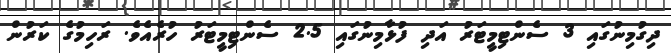
ދިގުމިނުގައި 3 ސެންޓިމީޓަރު އަދި ފުޅާމިނުގައި 2.5 ސެންޓިމީޓަރު ހުރެއެވެ. ރަހިމުގެ ކަރުން